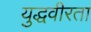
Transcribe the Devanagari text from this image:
युद्धवीरता